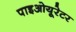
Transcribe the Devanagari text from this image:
पाइओयूरेटर